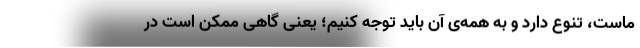
ماست، تنوع دارد و به همه‌ی آن باید توجه کنیم؛ یعنی گاهی ممکن است در